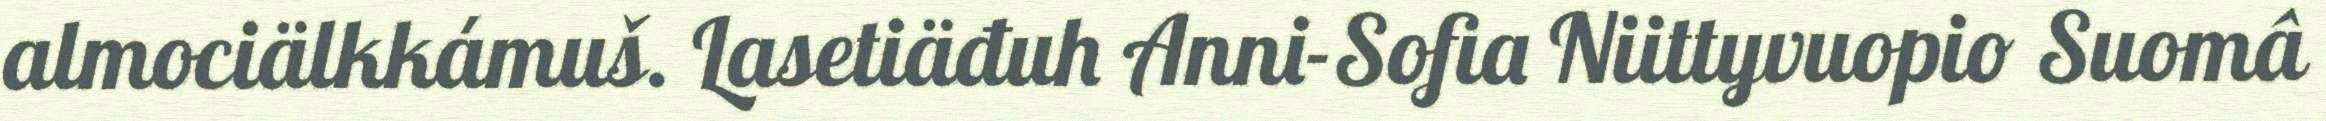
almociälkkámuš. Lasetiäđuh Anni-Sofia Niittyvuopio Suomâ